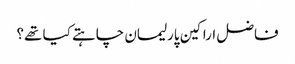
فاضل اراکین پارلیمان چاہتے کیا تھے؟